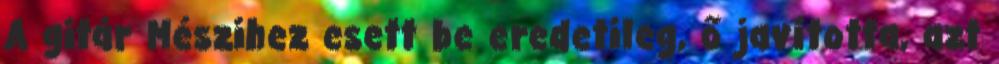
A gitár Mészihez esett be eredetileg, ő javította, azt